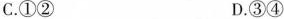
C.①② D.③④